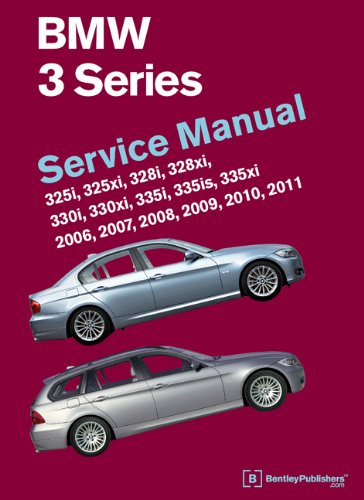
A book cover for BMW 3 Series (E90, E91, E92, E93) Service Manual: 2006, 2007, 2008, 2009, 2010, 2011; Bentley Publishers; Engineering & Transportation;